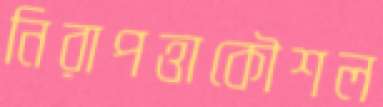
নিরাপত্তাকৌশল